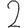
Digit: 2